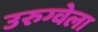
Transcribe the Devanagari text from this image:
उरुग्वेला